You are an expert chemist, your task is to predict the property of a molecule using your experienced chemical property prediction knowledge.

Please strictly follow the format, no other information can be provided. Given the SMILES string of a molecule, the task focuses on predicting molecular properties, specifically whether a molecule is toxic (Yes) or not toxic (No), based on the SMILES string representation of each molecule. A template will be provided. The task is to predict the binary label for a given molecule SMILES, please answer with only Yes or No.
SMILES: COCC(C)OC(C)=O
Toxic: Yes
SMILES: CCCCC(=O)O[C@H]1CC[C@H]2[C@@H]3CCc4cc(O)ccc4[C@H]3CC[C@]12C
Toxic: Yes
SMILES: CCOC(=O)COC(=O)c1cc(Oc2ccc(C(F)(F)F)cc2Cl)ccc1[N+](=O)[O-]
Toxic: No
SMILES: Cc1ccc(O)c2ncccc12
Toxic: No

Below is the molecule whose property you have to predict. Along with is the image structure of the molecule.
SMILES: CN(C)CCCN1c2ccccc2Sc2ccc(C(F)(F)F)cc21
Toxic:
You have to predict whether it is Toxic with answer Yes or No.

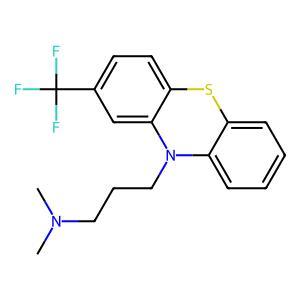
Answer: No